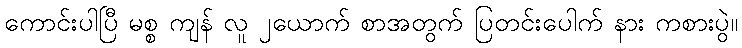
ကောင်းပါပြီ မစ္စ ကျန် လူ ၂ယောက် စာအတွက် ပြတင်းပေါက် နား ကစားပွဲ။